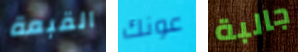
القبعة عونك جالبة